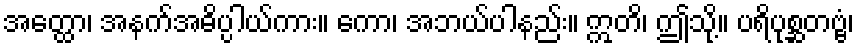
အတ္ထော၊ အနက်အဓိပ္ပါယ်ကား။ ကော၊ အဘယ်ပါနည်း။ ဣတိ၊ ဤသို့။ ပရိပုစ္ဆတဗ္ဗံ၊